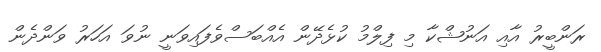
ރަންބީރު އާއި އަނުޝްކާ މި ފިލްމު ކުޅެދޭން އެއްބަސްވެފައިވަނީ ނުވަ އަހަރު ވަންދެން